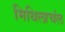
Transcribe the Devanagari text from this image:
मिथिलाचंल